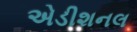
એડીશનલ